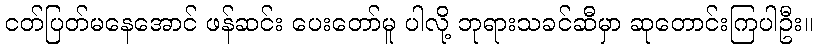
ငတ်ပြတ်မနေအောင် ဖန်ဆင်း ပေးတော်မူ ပါလို့ ဘုရားသခင်ဆီမှာ ဆုတောင်းကြပါဦး။